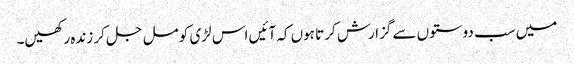
میں سب دوستوں سے گزارش کرتا ہوں کہ آئیں اس لڑی کو مل جل کر زندہ رکھیں۔